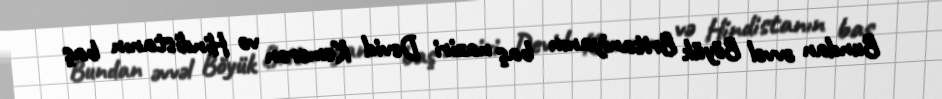
Bundan əvvəl Böyük Britaniyanın baş naziri Devid Kemeron və Hindistanın baş